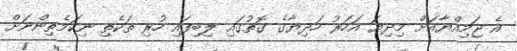
އެ ޖަމިއްޔާއަށް މިދިޔަ އަހަރު ހަދިޔާގެ ގޮތުގައި ލިބިފައި ހުރި ތަކެތި ނިކަމެތިންނަށް